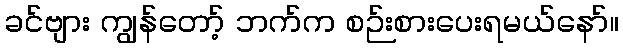
ခင်ဗျား ကျွန်တော့် ဘက်က စဉ်းစားပေးရမယ်နော်။